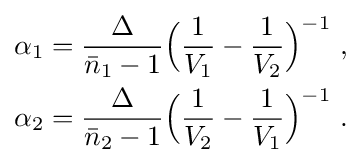
{\begin{aligned}\alpha _{1}&={\frac {\Delta }{{\bar {n}}_{1}-1}}{\Big (}{\frac {1}{V_{1}}}-{\frac {1}{V_{2}}}{\Big )}^{-1}\ ,\\\alpha _{2}&={\frac {\Delta }{{\bar {n}}_{2}-1}}{\Big (}{\frac {1}{V_{2}}}-{\frac {1}{V_{1}}}{\Big )}^{-1}\ .\end{aligned}}